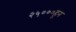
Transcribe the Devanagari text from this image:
२५०००हून